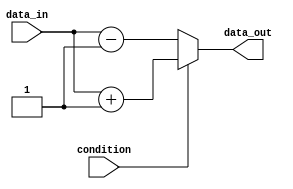
module if_else_example (
    input wire condition,
    input wire data_in,
    output reg data_out
);

always @(condition)
begin
    if (condition == 1'b1) begin
       // Perform action when condition is true
       data_out <= data_in + 1;
    end
    else begin
       // Perform action when condition is false
       data_out <= data_in - 1;
    end
end

endmodule